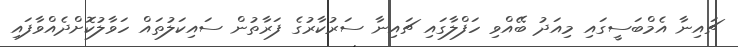
ޗައިނާ އެމްބަސީގައި މިއަދު ބޭއްވި ހަފްލާގައި ޗައިނާ ސަރުކާރުގެ ފަރާތުން ސައިކަލުތައް ހަވާލުކޮށްދެއްވާފައި